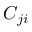
C _ { j i }